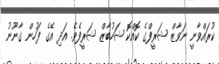
ކުރައްވާނީ ނަވާޒް ޝަރީފްގެ ކޮއްކޮ ޝަހުބާޒް ޝަރީފެވެ. އަދި އޭގެ ފަހުން ގާނޫނު